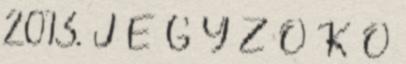
2013. J E G Y Z Ő K Ö